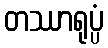
တဿာရုပ္ပံ